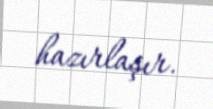
hazırlaşır.